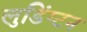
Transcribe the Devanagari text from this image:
लुडिंग्टन